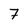
Character: 7